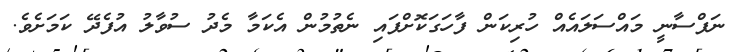
ނަފްސާނީ މައްސަލައެއް ހުރިކަން ފާހަގަކޮށްފައި ނެތުމުން އެކަމާ މެދު ސުވާލު އުފެދޭ ކަމަށެވެ.